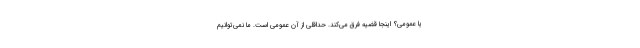
یا عمومی؟ اینجا قضیه فرق می‌کند. حداقلی از آن عمومی است. ما نمی‌توانیم